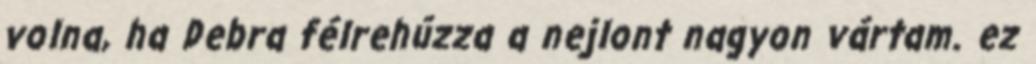
volna, ha Debra félrehúzza a nejlont nagyon vártam. ez